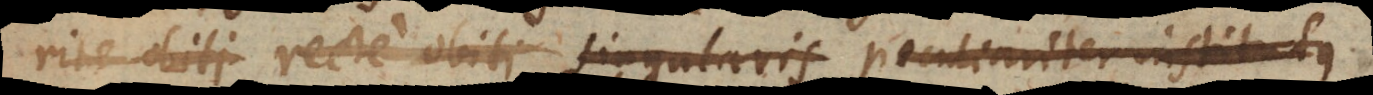
e obiti (cc) singularis peculiariter institutus